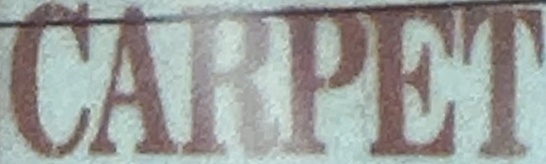
CARPET